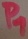
Text: P1